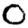
Digit: 0